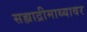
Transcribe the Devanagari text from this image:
सह्याद्रीमाथ्यावर